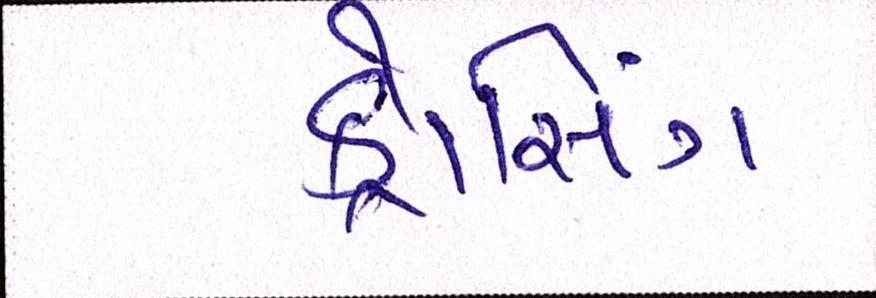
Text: ક્રોસિંગ